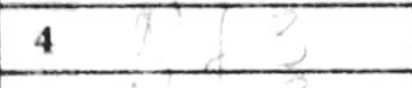
Transcription: Nf3